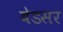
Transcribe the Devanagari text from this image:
बेडसर